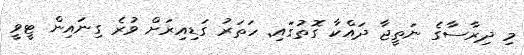
މި ދިރާސާގެ ނަތީޖާ ދައްކާ ގޮތުގައި